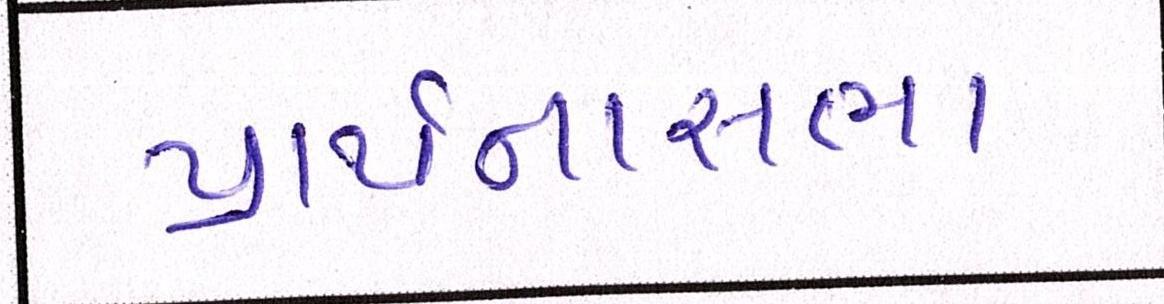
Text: પ્રાર્થનાસભા